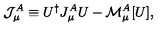
{ \mathcal J } _ { \mu } ^ { A } \equiv U ^ { \dagger } J _ { \mu } ^ { A } U - { \mathcal M } _ { \mu } ^ { A } [ U ] ,